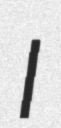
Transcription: I